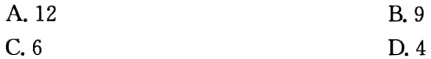
A. 12
B. 9
C. 6
D. 4